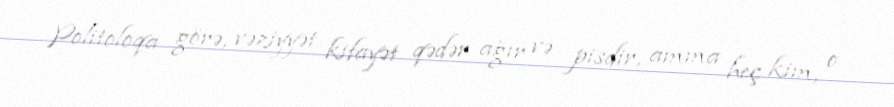
Politoloqa görə, vəziyyət kifayət qədər ağır və pisdir, amma heç kim, o